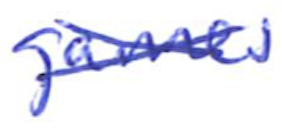
Text: games
Cross-out: cross
Writing tool: ballpoint